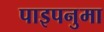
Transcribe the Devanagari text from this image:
पाइपनुमा